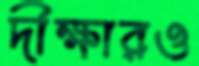
দীক্ষারও